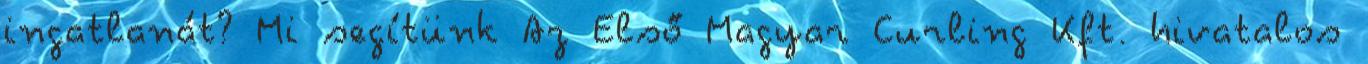
ingatlanát? Mi segítünk Az Első Magyar Curling Kft. hivatalos